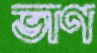
ভাণ